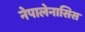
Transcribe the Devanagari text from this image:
नेपालेनासिस